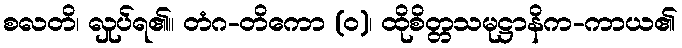
စလတိ၊ လှုပ်ရ၏။ တံဂ-တိကော (ဝ)၊ ထိုစိတ္တသမုဋ္ဌာနိက-ကာယ၏